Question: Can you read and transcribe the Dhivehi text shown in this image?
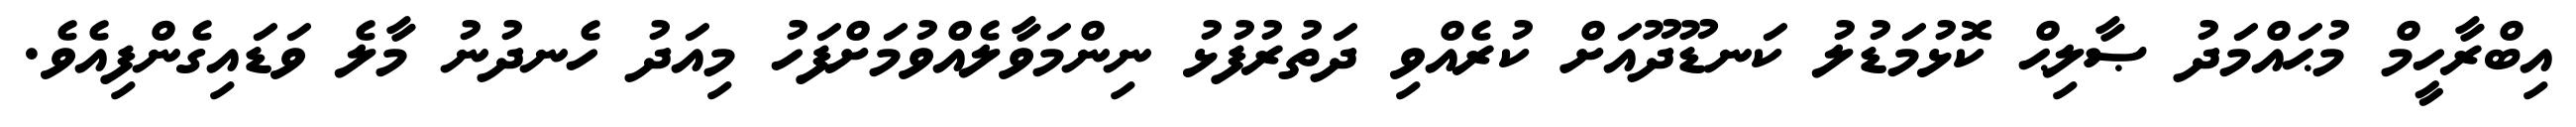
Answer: އިބްރާހީމް މުޙައްމަދު ޞާލިޙް ކޮޅުމަޑުލު ކަނޑޫދޫއަށް ކުރެއްވި ދަތުރުފުޅު ނިންމަވާލެއްވުމަށްފަހު މިއަދު ހެނދުނު މާލެ ވަޑައިގެންފިއެވެ.